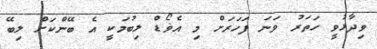
ވިދާޅުވީ ހަތަރު ވަނަ ފަހަރަށް މި އެޥޯޑް ލިބުމަކީ އެ ބޭންކަށް ލިބޭ